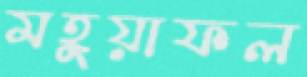
মহুয়াফল